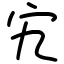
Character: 宄